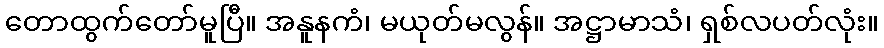
တောထွက်တော်မူပြီ။ အနူနကံ၊ မယုတ်မလွန်။ အဋ္ဌာမာသံ၊ ရှစ်လပတ်လုံး။